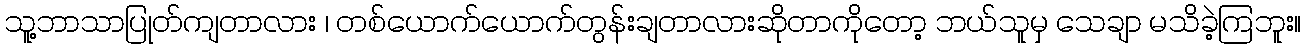
သူ့ဘာသာပြုတ်ကျတာလား ၊ တစ်ယောက်ယောက်တွန်းချတာလားဆိုတာကိုတော့ ဘယ်သူမှ သေချာ မသိခဲ့ကြဘူး။